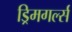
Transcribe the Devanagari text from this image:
ड्रिमगर्ल्स